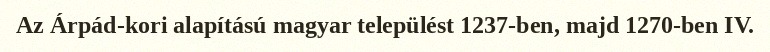
Az Árpád-kori alapítású magyar települést 1237-ben, majd 1270-ben IV.